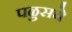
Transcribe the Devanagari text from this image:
पळुसचे